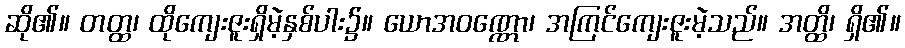
ဆို၏။ တတ္ထ၊ ထိုကျေးဇူးရှိမဲ့နှစ်ပါး၌။ ယောအဝဏ္ဏော၊ အကြင်ကျေးဇူးမဲ့သည်။ အတ္ထိ၊ ရှိ၏။